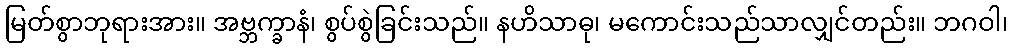
မြတ်စွာဘုရားအား။ အဗ္ဘက္ခာနံ၊ စွပ်စွဲခြင်းသည်။ နဟိသာဓု၊ မကောင်းသည်သာလျှင်တည်း။ ဘဂဝါ၊